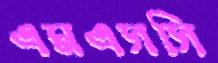
এমএসসি